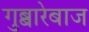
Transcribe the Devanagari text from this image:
गुब्बारेबाज